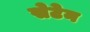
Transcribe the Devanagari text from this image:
सेटेन